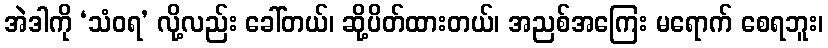
အဲဒါကို ‘သံဝရ’ လို့လည်း ခေါ်တယ်၊ ဆို့ပိတ်ထားတယ်၊ အညစ်အကြေး မရောက် စေရဘူး၊